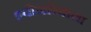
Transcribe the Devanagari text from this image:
झ्वोनारेवाला